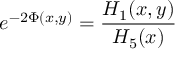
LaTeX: e ^ { - 2 \Phi ( x , y ) } = { \frac { H _ { 1 } ( x , y ) } { H _ { 5 } ( x ) } }